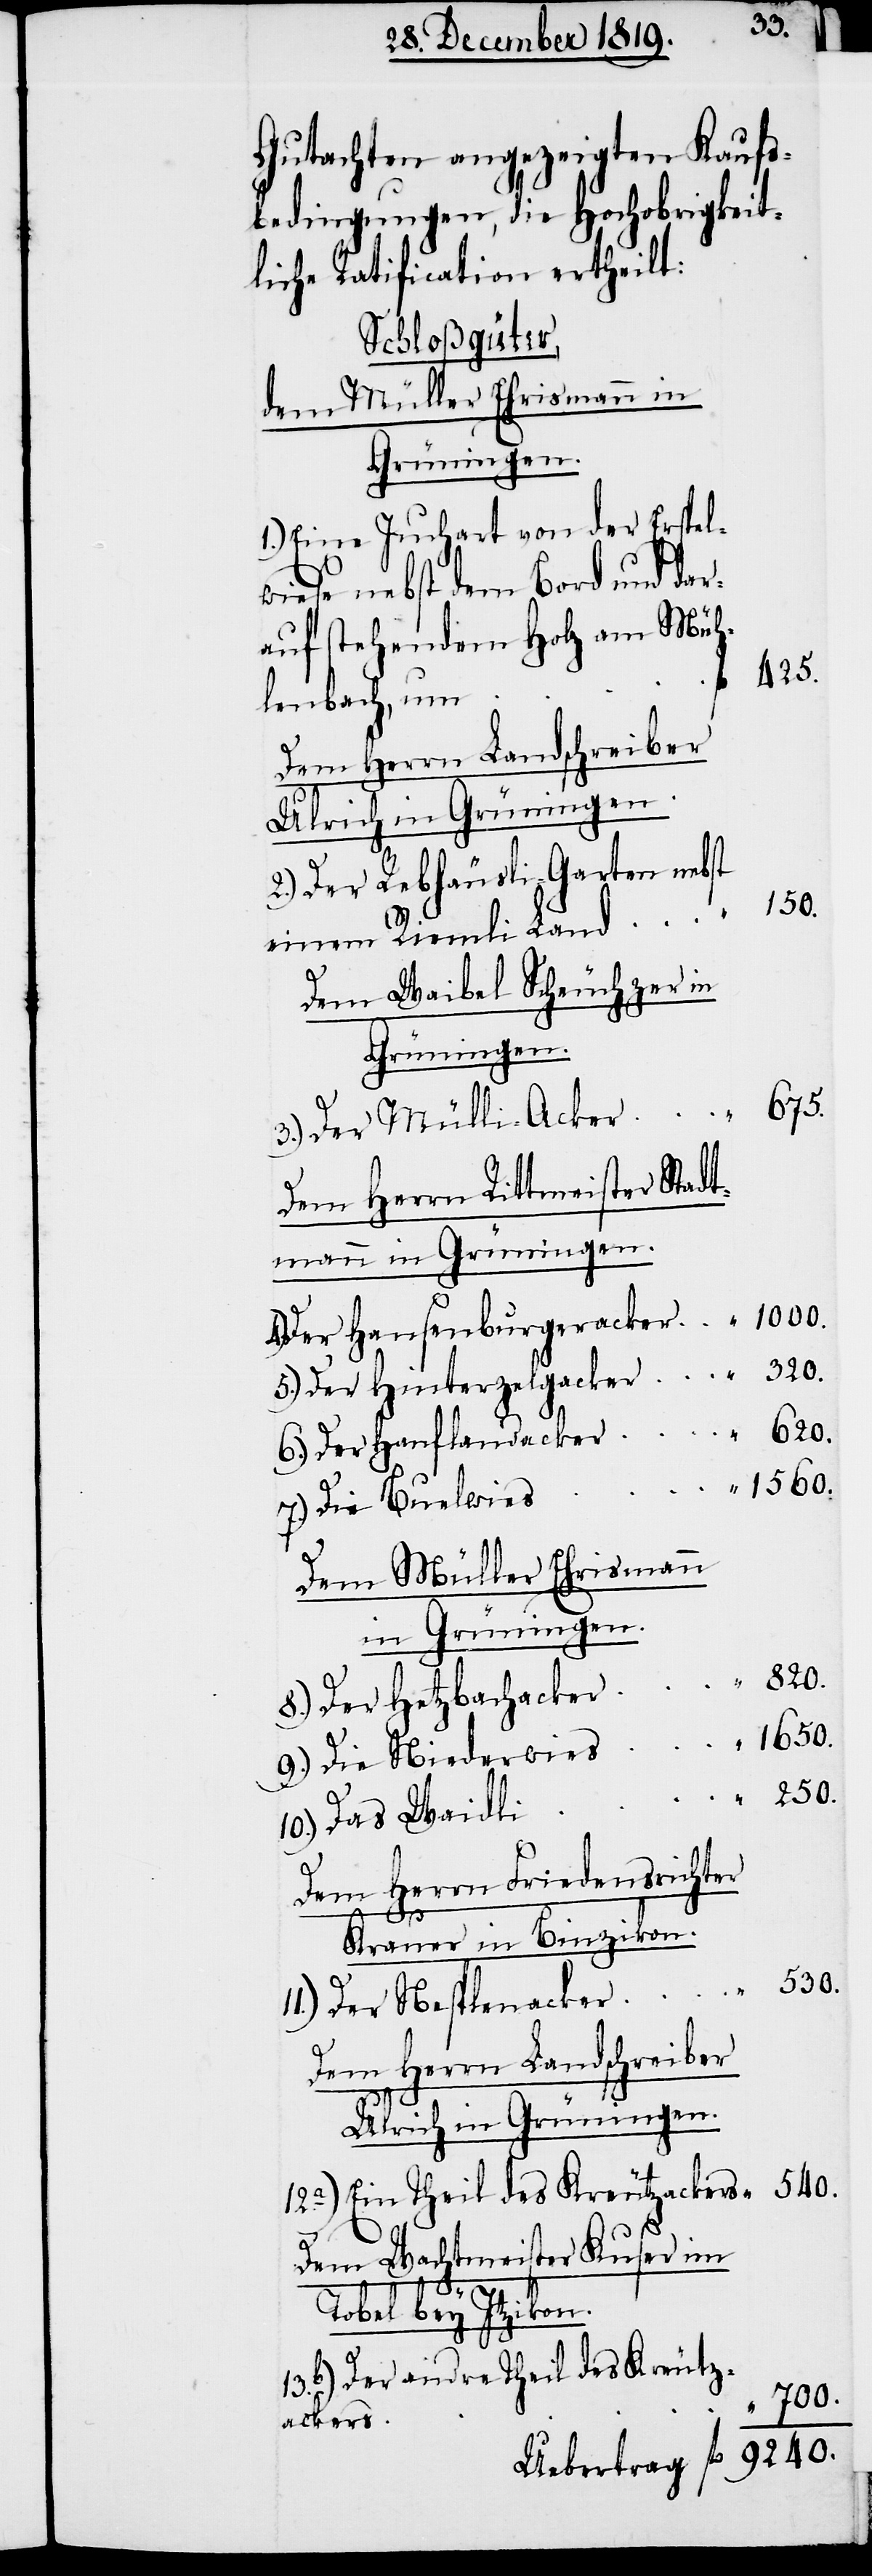
320.
Gutachten angezeigten Kaufs¬
bedingungen, die Hochobrigkeit¬
liche Ratificaton ertheilt:
Schloßgüter,
dem Müller Ehrismann in
Grüningen.
1.) Eine Juchart von der Erspel¬
wiese nebst dem Bord und dar¬
auf stehendem Holz am Müh¬
425.
lenbach, um
Dem Herrn Landschreiber
Ulrich in Grüningen.
2.) Der Rebhäusli-Garten nebst
250.
einem Riemli Land
Dem Waibel Scheuchzer in
Grüningen.
3.) Der Mülli-Acker
Dem Herrn Rittmeister Stadt¬
mann in Grüningen.
1000.
Der Hansenburgeracker
5.) Der Hinterzelgacker
6.) Der Hanflandacker
1560.
9.) Die Niederwies
Dem Müller Ehrismann
in Grüningen.
820.
8.) Der Hetzbachacker
10.) Das Waidli
Dem Herrn Friedensrichter
Krauer in Binzikon.
530.
11.) Der Nestlenacker
Dem Herrn Landschreiber
Ulrich in Grüningen.
9240.
12a) Ein Theil des Keutzackers
Dem Wachtmeister Kuser im
Tobel bey Itzikon.
13b) Der andre Theil des Kreutz¬
700.
ackers